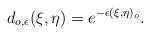
\begin{align*} d_{o,\epsilon}(\xi,\eta) = e^{-\epsilon(\xi,\eta)_o}.\end{align*}